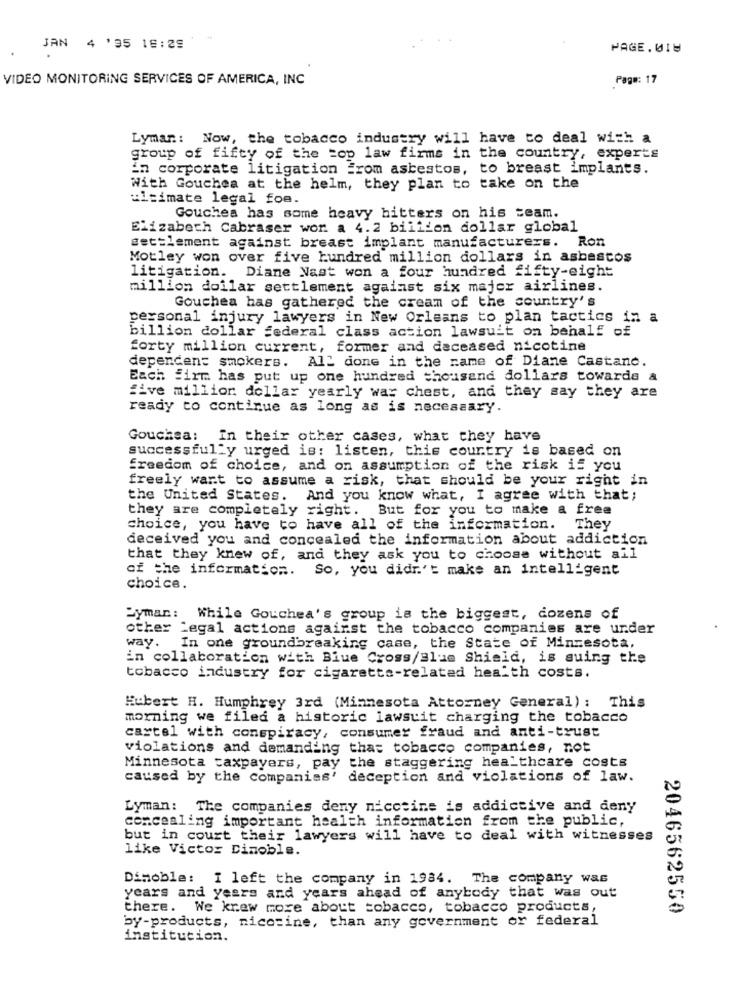
JAN 4 '95 18:29
PAGE. UIU
VIDEO MONITORING SERVICES OF AMERICA, INC
Page: 17
Lyman: Now, the tobacco industry will have to deal with a
group of fifty of the top law firms in the country, experts
in corporate litigation from asbestos, to breast implants.
With Gouchea at the helm, they plan to take on the
ultimate legal foe.
Gouches has some heavy hitters on his team.
Elizabeth Cabraser won a 4.2 billion dollar global
settlement against breast implant manufacturers. Ron
Motley won over five hundred million dollars in asbestos
litigation. Diane Nast won a four hundred fifty-eight
million dollar settlement against six majer airlines.
Gouchea has gathered the cream of the country's
personal injury lawyers in New Orleans to plan tactics in a
billion dollar federal class action lawsuit on behalf of
forty million current, former and deceased nicotine
dependen: smokers. All done in the name of Diane Castanc.
Each firm has put up one hundred thousand dollars towards a
five million dollar yearly war chest, and they say they are
ready to continue as long as is necessary.
Gouchea: In their other cases, what they have
successfully urged is: listen, this country is based on
freedom of choice, and on assumption of the risk if you
freely want to assume a risk, that should be your right in
the United States. And you know what, I agree with that;
they are completely right. But for you to make a free
choice, you have to have all of the information.
They
deceived you and concealed the information about addiction
that they knew of, and they ask you to choose without all
of the information. So, you didn't make an intelligent
choice.
Syman: While Gouchea's group is the biggest, dozens of
other Legal actions against the tobacco companies are under
way.
In one groundbreaking case, the State of Minnesota,
in collaboration with Blue Cross/Blue Shield, is suing the
tobacco industry for cigaretta-related health costs.
Hubert H. Humphrey 3rd (Minnesota Attorney General): This
morning we filed a historic lawsuit charging the tobacco
cartel with conspiracy, consumer fraud and anti-trust
violations and demanding that tobacco companies, not
Minnesota taxpayers, pay the staggering healthcare costs
caused by the companies' deception and violations of law.
Lyman :
The companies deny nicceine is addictive and deny
concealing important health information from the public,
but in court their lawyers will have to deal with witnesses
like Victor Dimoble.
Dimoble: I left the company in 1984. The company was
years and years and years ahead of anybody that was out
there. We knew more about tobacco, tobacco products,
2046562550
by-products, nicotine, than any government or federal
institution.